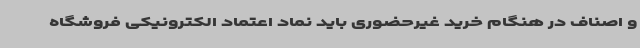
و اصناف در هنگام خرید غیرحضوری باید نماد اعتماد الکترونیکی فروشگاه